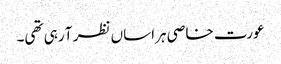
عورت خاصی ہراساں نظر آ رہی تھی۔